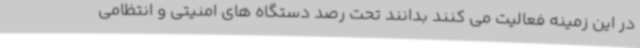
در این زمینه فعالیت می کنند بدانند تحت رصد دستگاه های امنیتی و انتظامی